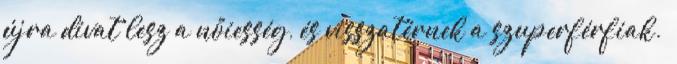
újra divat lesz a nőiesség, és visszatérnek a szuperférfiak.”